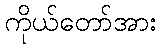
ကိုယ်တော်အား